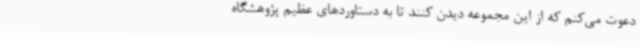
دعوت می‌کنم که از این مجموعه دیدن کنند تا به دستاوردهای عظیم پژوهشگاه